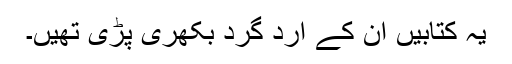
یہ کتابیں ان کے ارد گرد بکھری پڑی تھیں۔